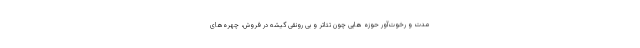
مدت و رخوت‌آور حوزه هایی چون تئاتر و بی رونقی گیشه در فروش، چهره‌های